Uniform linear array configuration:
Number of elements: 32
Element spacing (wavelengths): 0.5
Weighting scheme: binomial
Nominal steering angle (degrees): -60
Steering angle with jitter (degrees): -58.463
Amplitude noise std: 0.05
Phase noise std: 0.05

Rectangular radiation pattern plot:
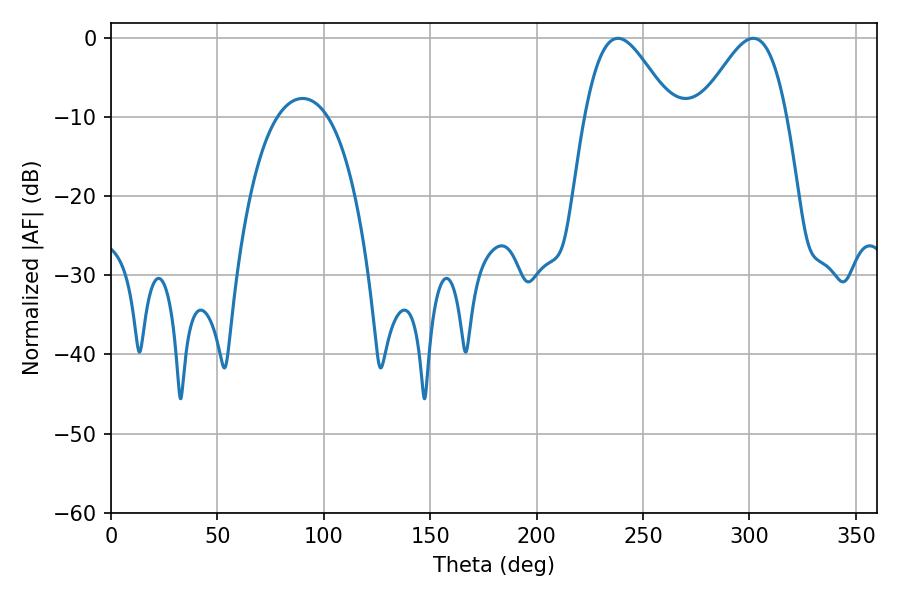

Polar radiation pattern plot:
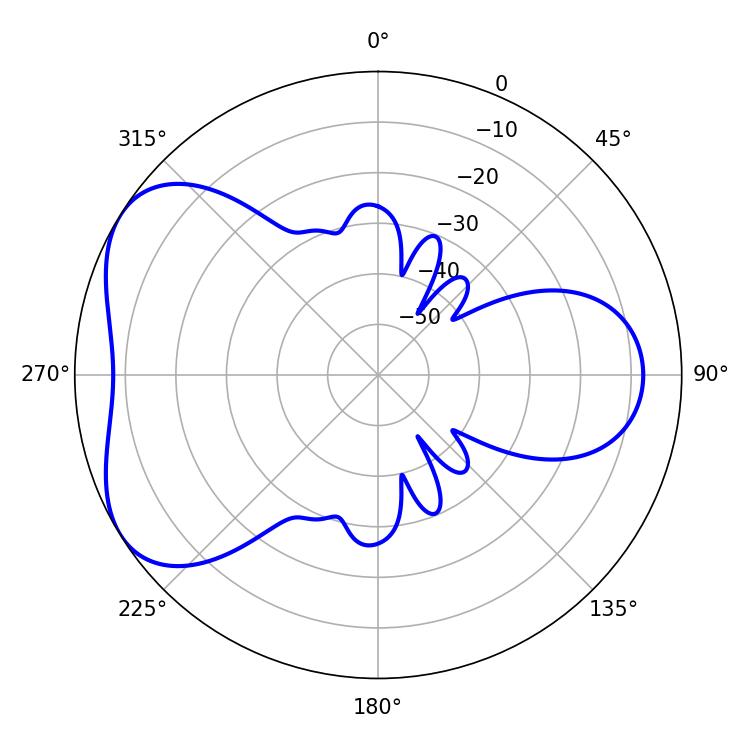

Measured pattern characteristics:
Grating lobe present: FALSE
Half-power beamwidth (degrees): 21.6
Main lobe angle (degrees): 238.14